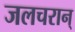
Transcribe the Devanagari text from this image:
जलचरान्